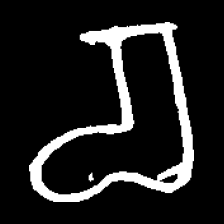
Pyu character \u2014 Myanmar letter: စ (romanized: ca)